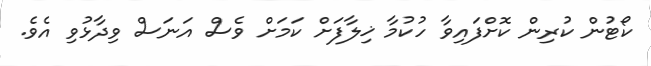
ކޯޓުން ކުރިން ކޮށްފައިވާ ހުކުމާ ޚިލާފަށް ކަމަށް ވެސް އަނަސް ވިދާޅުވި އެވެ.